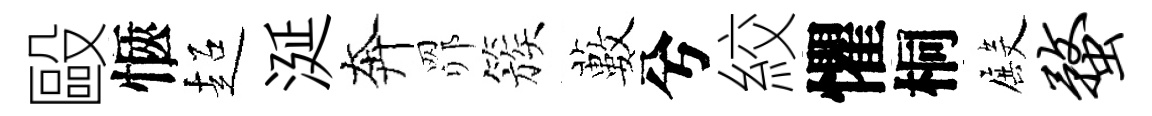
毆愜超涎奔𦊑簇藪兮絞懼桐殿蝥